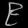
Digit: ၉